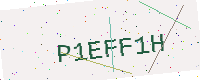
Text: P1EFF1H